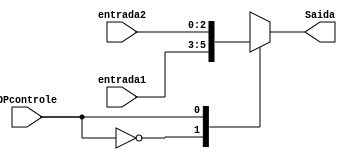
module MuxReg(entrada1,entrada2,OPcontrole,Saida);


input wire[2:0]entrada1,entrada2;
input wire OPcontrole;
output reg[2:0]Saida;

initial begin
Saida = 3'b000;
end


always @(entrada1,entrada2,OPcontrole) begin


   case(OPcontrole)


   1'b0: Saida <= entrada1;
   1'b1: Saida <= entrada2;
   endcase


   end


endmodule